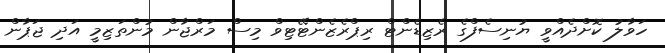
ހަވާލު ކޮށްދެއްވީ ޔުނިސެފްގެ ރެޒިޑެންޓް ރިޕްރެޒެންޓޭޓިވް މިސް މަރްޖާން މުންތަޒިމީ އަދި ޖަޕާން